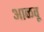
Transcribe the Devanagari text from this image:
आळवू